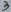
Text: 3